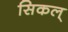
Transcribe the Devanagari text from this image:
सिकल्